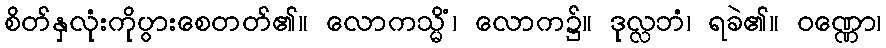
စိတ်နှလုံးကိုပွားစေတတ်၏။ လောကသ္မိံ၊ လောက၌။ ဒုလ္လဘံ၊ ရခဲ၏။ ဝဏ္ဏော၊